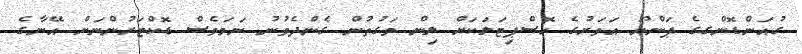
ގުއަންޑޮންގގެ ޕަންޔޫ އަވަށުގެ ހޮސްޕިޓަލަކަށް ލިން ވަގުތުން ގެންދެވުނު ނަމަވެސް ޑޮކްޓަރުންނަށް އޭނާގެ